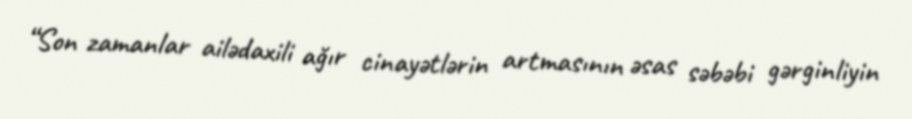
“Son zamanlar ailədaxili ağır cinayətlərin artmasının əsas səbəbi gərginliyin